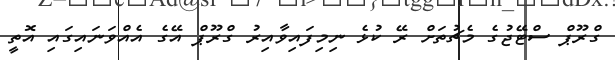
ގްރޫޕް ސްޓޭޖުގެ މެޗުތަށް ރޭ ކުޅެ ނިމިފައިވާއިރު ގްރޫޕް އޭގެ އެއްވަނައިގައި އޮތީ